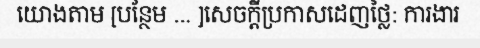
យោងតាម [បន្ថែម ... ]សេចក្តីប្រកាសដេញថ្លៃ: ការងារ